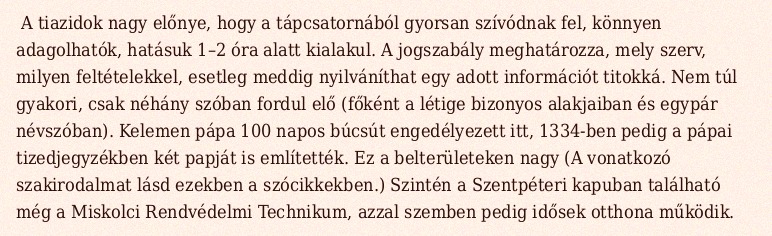
A tiazidok nagy előnye, hogy a tápcsatornából gyorsan szívódnak fel, könnyen adagolhatók, hatásuk 1–2 óra alatt kialakul. A jogszabály meghatározza, mely szerv, milyen feltételekkel, esetleg meddig nyilváníthat egy adott információt titokká. Nem túl gyakori, csak néhány szóban fordul elő (főként a létige bizonyos alakjaiban és egypár névszóban). Kelemen pápa 100 napos búcsút engedélyezett itt, 1334-ben pedig a pápai tizedjegyzékben két papját is említették. Ez a belterületeken nagy (A vonatkozó szakirodalmat lásd ezekben a szócikkekben.) Szintén a Szentpéteri kapuban található még a Miskolci Rendvédelmi Technikum, azzal szemben pedig idősek otthona működik.